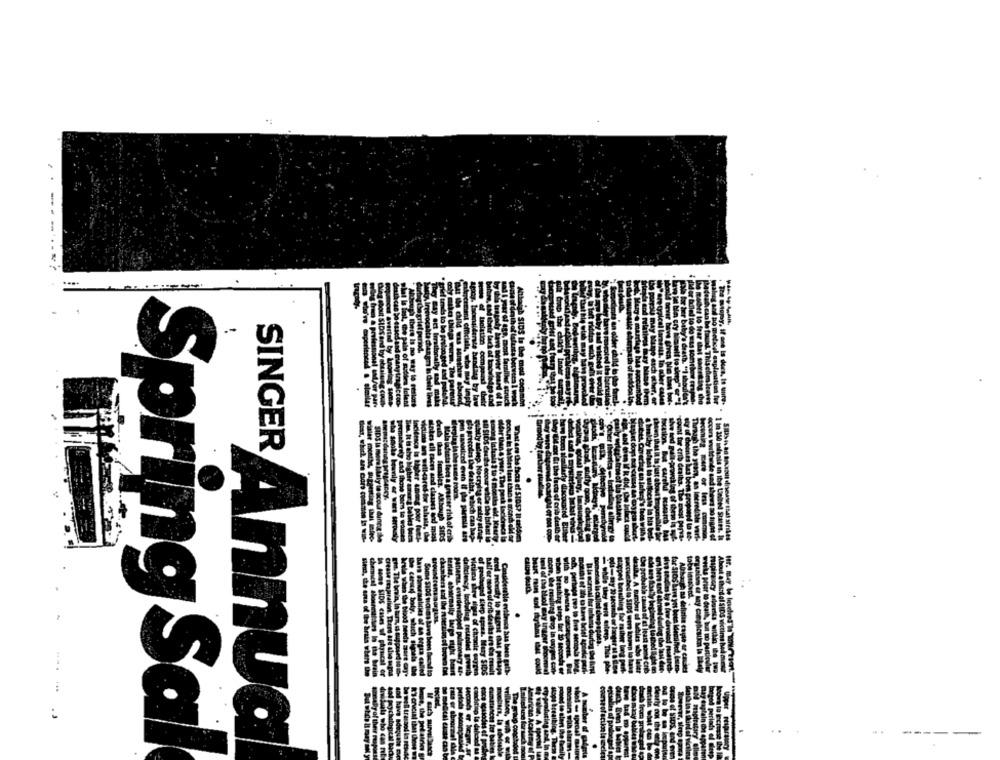
Balation
..
---
SINGER Annua
Spring Sal